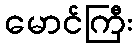
မောင်ကြီး